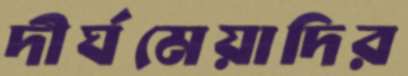
দীর্ঘমেয়াদির